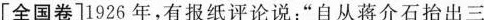
[全国卷]1926年，有报纸评论说：”自从蒋介石抬出三